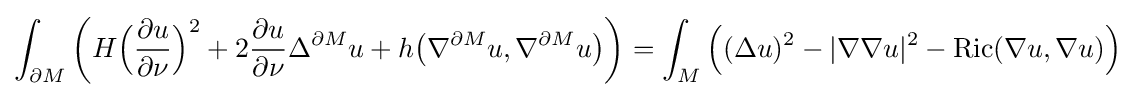
\int _{\partial M}\left(H{\Big (}{\frac {\partial u}{\partial \nu }}{\Big )}^{2}+2{\frac {\partial u}{\partial \nu }}\Delta ^{\partial M}u+h{\big (}\nabla ^{\partial M}u,\nabla ^{\partial M}u{\big )}\right)=\int _{M}{\Big (}(\Delta u)^{2}-|\nabla \nabla u|^{2}-\operatorname {Ric} (\nabla u,\nabla u){\Big )}